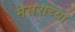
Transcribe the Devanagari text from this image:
मेसराच्या